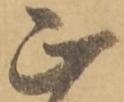
正